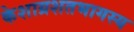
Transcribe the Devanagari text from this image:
केशाग्रशतभागस्य